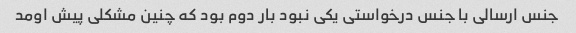
جنس ارسالی با جنس درخواستی یکی نبود بار دوم بود که چنین مشکلی پیش اومد